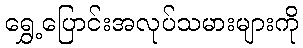
ရွှေ့ပြောင်းအလုပ်သမားများကို